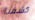
كشفنا